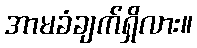
အာမခံချက်ရှိလား။